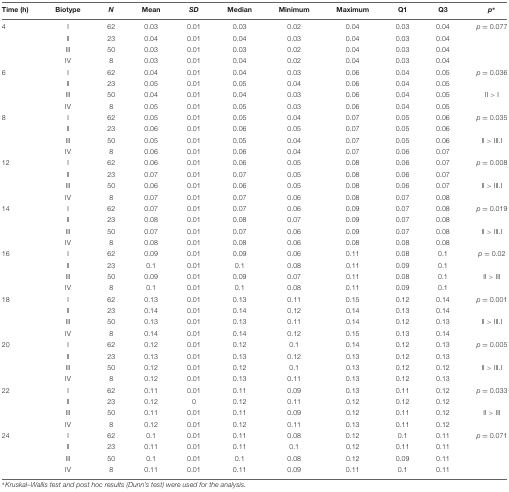
<table><thead><tr><td><b>Time (h)</b></td><td><b>Biotype</b></td><td><b><i>N</i></b></td><td><b>Mean</b></td><td><b><i>SD</i></b></td><td><b>Median</b></td><td><b>Minimum</b></td><td><b>Maximum</b></td><td><b>Q1</b></td><td><b>Q3</b></td><td><b><i>p</i><sup>∗</sup></b></td></tr></thead><tbody><tr><td>4</td><td>I</td><td>62</td><td>0.03</td><td>0.01</td><td>0.03</td><td>0.02</td><td>0.04</td><td>0.03</td><td>0.04</td><td><i>p</i> = 0.077</td></tr><tr><td>[EMPTY_CELL]</td><td>II</td><td>23</td><td>0.04</td><td>0.01</td><td>0.04</td><td>0.03</td><td>0.04</td><td>0.03</td><td>0.04</td><td>[EMPTY_CELL]</td></tr><tr><td>[EMPTY_CELL]</td><td>III</td><td>50</td><td>0.03</td><td>0.01</td><td>0.03</td><td>0.02</td><td>0.04</td><td>0.03</td><td>0.04</td><td>[EMPTY_CELL]</td></tr><tr><td>[EMPTY_CELL]</td><td>IV</td><td>8</td><td>0.03</td><td>0.01</td><td>0.04</td><td>0.02</td><td>0.04</td><td>0.03</td><td>0.04</td><td>[EMPTY_CELL]</td></tr><tr><td>6</td><td>I</td><td>62</td><td>0.04</td><td>0.01</td><td>0.04</td><td>0.03</td><td>0.06</td><td>0.04</td><td>0.05</td><td><i>p</i> = 0.036</td></tr><tr><td>[EMPTY_CELL]</td><td>II</td><td>23</td><td>0.05</td><td>0.01</td><td>0.05</td><td>0.04</td><td>0.06</td><td>0.04</td><td>0.05</td><td>[EMPTY_CELL]</td></tr><tr><td>[EMPTY_CELL]</td><td>III</td><td>50</td><td>0.04</td><td>0.01</td><td>0.04</td><td>0.03</td><td>0.06</td><td>0.04</td><td>0.05</td><td>II &gt; I</td></tr><tr><td>[EMPTY_CELL]</td><td>IV</td><td>8</td><td>0.05</td><td>0.01</td><td>0.05</td><td>0.03</td><td>0.06</td><td>0.04</td><td>0.05</td><td>[EMPTY_CELL]</td></tr><tr><td>8</td><td>I</td><td>62</td><td>0.05</td><td>0.01</td><td>0.05</td><td>0.04</td><td>0.07</td><td>0.05</td><td>0.06</td><td><i>p</i> = 0.035</td></tr><tr><td>[EMPTY_CELL]</td><td>II</td><td>23</td><td>0.06</td><td>0.01</td><td>0.06</td><td>0.05</td><td>0.07</td><td>0.05</td><td>0.06</td><td>[EMPTY_CELL]</td></tr><tr><td>[EMPTY_CELL]</td><td>III</td><td>50</td><td>0.05</td><td>0.01</td><td>0.05</td><td>0.04</td><td>0.07</td><td>0.05</td><td>0.06</td><td>II &gt; III.I</td></tr><tr><td>[EMPTY_CELL]</td><td>IV</td><td>8</td><td>0.06</td><td>0.01</td><td>0.06</td><td>0.04</td><td>0.07</td><td>0.06</td><td>0.07</td><td>[EMPTY_CELL]</td></tr><tr><td>12</td><td>I</td><td>62</td><td>0.06</td><td>0.01</td><td>0.06</td><td>0.05</td><td>0.08</td><td>0.06</td><td>0.07</td><td><i>p</i> = 0.008</td></tr><tr><td>[EMPTY_CELL]</td><td>II</td><td>23</td><td>0.07</td><td>0.01</td><td>0.07</td><td>0.05</td><td>0.08</td><td>0.06</td><td>0.07</td><td>[EMPTY_CELL]</td></tr><tr><td>[EMPTY_CELL]</td><td>III</td><td>50</td><td>0.06</td><td>0.01</td><td>0.06</td><td>0.05</td><td>0.08</td><td>0.06</td><td>0.07</td><td>II &gt; III.I</td></tr><tr><td>[EMPTY_CELL]</td><td>IV</td><td>8</td><td>0.07</td><td>0.01</td><td>0.07</td><td>0.06</td><td>0.08</td><td>0.07</td><td>0.08</td><td>[EMPTY_CELL]</td></tr><tr><td>14</td><td>I</td><td>62</td><td>0.07</td><td>0.01</td><td>0.07</td><td>0.06</td><td>0.09</td><td>0.07</td><td>0.08</td><td><i>p</i> = 0.019</td></tr><tr><td>[EMPTY_CELL]</td><td>II</td><td>23</td><td>0.08</td><td>0.01</td><td>0.08</td><td>0.07</td><td>0.09</td><td>0.07</td><td>0.08</td><td>[EMPTY_CELL]</td></tr><tr><td>[EMPTY_CELL]</td><td>III</td><td>50</td><td>0.07</td><td>0.01</td><td>0.07</td><td>0.06</td><td>0.09</td><td>0.07</td><td>0.08</td><td>II &gt; III.I</td></tr><tr><td>[EMPTY_CELL]</td><td>IV</td><td>8</td><td>0.08</td><td>0.01</td><td>0.08</td><td>0.06</td><td>0.08</td><td>0.08</td><td>0.08</td><td>[EMPTY_CELL]</td></tr><tr><td>16</td><td>I</td><td>62</td><td>0.09</td><td>0.01</td><td>0.09</td><td>0.06</td><td>0.11</td><td>0.08</td><td>0.1</td><td><i>p</i> = 0.02</td></tr><tr><td>[EMPTY_CELL]</td><td>II</td><td>23</td><td>0.1</td><td>0.01</td><td>0.1</td><td>0.08</td><td>0.11</td><td>0.09</td><td>0.1</td><td>[EMPTY_CELL]</td></tr><tr><td>[EMPTY_CELL]</td><td>III</td><td>50</td><td>0.09</td><td>0.01</td><td>0.09</td><td>0.07</td><td>0.11</td><td>0.08</td><td>0.1</td><td>II &gt; III</td></tr><tr><td>[EMPTY_CELL]</td><td>IV</td><td>8</td><td>0.1</td><td>0.01</td><td>0.1</td><td>0.08</td><td>0.11</td><td>0.09</td><td>0.1</td><td>[EMPTY_CELL]</td></tr><tr><td>18</td><td>I</td><td>62</td><td>0.13</td><td>0.01</td><td>0.13</td><td>0.11</td><td>0.15</td><td>0.12</td><td>0.14</td><td><i>p</i> = 0.001</td></tr><tr><td>[EMPTY_CELL]</td><td>II</td><td>23</td><td>0.14</td><td>0.01</td><td>0.14</td><td>0.12</td><td>0.14</td><td>0.13</td><td>0.14</td><td>[EMPTY_CELL]</td></tr><tr><td>[EMPTY_CELL]</td><td>III</td><td>50</td><td>0.13</td><td>0.01</td><td>0.13</td><td>0.11</td><td>0.14</td><td>0.12</td><td>0.13</td><td>II &gt; III.I</td></tr><tr><td>[EMPTY_CELL]</td><td>IV</td><td>8</td><td>0.14</td><td>0.01</td><td>0.14</td><td>0.12</td><td>0.15</td><td>0.13</td><td>0.14</td><td>[EMPTY_CELL]</td></tr><tr><td>20</td><td>I</td><td>62</td><td>0.12</td><td>0.01</td><td>0.12</td><td>0.1</td><td>0.14</td><td>0.12</td><td>0.13</td><td><i>p</i> = 0.005</td></tr><tr><td>[EMPTY_CELL]</td><td>II</td><td>23</td><td>0.13</td><td>0.01</td><td>0.13</td><td>0.12</td><td>0.13</td><td>0.12</td><td>0.13</td><td>[EMPTY_CELL]</td></tr><tr><td>[EMPTY_CELL]</td><td>III</td><td>50</td><td>0.12</td><td>0.01</td><td>0.12</td><td>0.1</td><td>0.13</td><td>0.12</td><td>0.12</td><td>II &gt; III.I</td></tr><tr><td>[EMPTY_CELL]</td><td>IV</td><td>8</td><td>0.12</td><td>0.01</td><td>0.13</td><td>0.11</td><td>0.13</td><td>0.12</td><td>0.13</td><td>[EMPTY_CELL]</td></tr><tr><td>22</td><td>I</td><td>62</td><td>0.11</td><td>0.01</td><td>0.11</td><td>0.09</td><td>0.13</td><td>0.11</td><td>0.12</td><td><i>p</i> = 0.033</td></tr><tr><td>[EMPTY_CELL]</td><td>II</td><td>23</td><td>0.12</td><td>0</td><td>0.12</td><td>0.11</td><td>0.12</td><td>0.12</td><td>0.12</td><td>[EMPTY_CELL]</td></tr><tr><td>[EMPTY_CELL]</td><td>III</td><td>50</td><td>0.11</td><td>0.01</td><td>0.11</td><td>0.09</td><td>0.12</td><td>0.11</td><td>0.12</td><td>II &gt; III</td></tr><tr><td>[EMPTY_CELL]</td><td>IV</td><td>8</td><td>0.12</td><td>0.01</td><td>0.12</td><td>0.11</td><td>0.13</td><td>0.11</td><td>0.12</td><td>[EMPTY_CELL]</td></tr><tr><td>24</td><td>I</td><td>62</td><td>0.1</td><td>0.01</td><td>0.11</td><td>0.08</td><td>0.12</td><td>0.1</td><td>0.11</td><td><i>p</i> = 0.071</td></tr><tr><td>[EMPTY_CELL]</td><td>II</td><td>23</td><td>0.11</td><td>0.01</td><td>0.11</td><td>0.1</td><td>0.12</td><td>0.11</td><td>0.11</td><td>[EMPTY_CELL]</td></tr><tr><td>[EMPTY_CELL]</td><td>III</td><td>50</td><td>0.1</td><td>0.01</td><td>0.1</td><td>0.08</td><td>0.12</td><td>0.09</td><td>0.11</td><td>[EMPTY_CELL]</td></tr><tr><td>[EMPTY_CELL]</td><td>IV</td><td>8</td><td>0.11</td><td>0.01</td><td>0.11</td><td>0.09</td><td>0.11</td><td>0.1</td><td>0.11</td><td>[EMPTY_CELL]</td></tr></tbody></table>